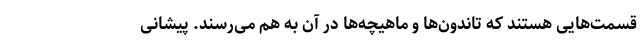
قسمت‌هایی هستند که تاندون‌ها و ماهیچه‌ها در آن به هم می‌رسند. پیشانی